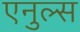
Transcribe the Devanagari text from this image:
एनुल्स